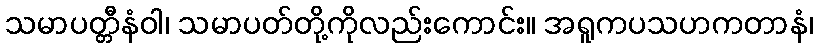
သမာပတ္တီနံဝါ၊ သမာပတ်တို့ကိုလည်းကောင်း။ အရူကပသဟကတာနံ၊